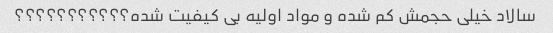
سالاد خیلی حجمش کم شده و مواد اولیه بی کیفیت شده؟؟؟؟؟؟؟؟؟؟؟